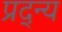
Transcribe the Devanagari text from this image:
प्रद्न्य